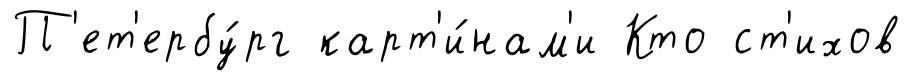
П'ет'ербу́рг карт'и́нам'и Кто ст'ихов